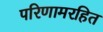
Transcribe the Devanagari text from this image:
परिणामरहित